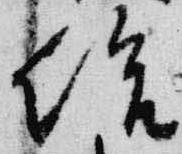
給